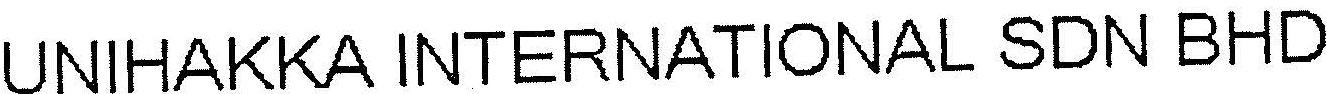
UNIHAKKA INTERNATIONAL SDN BHD